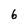
Character: 6